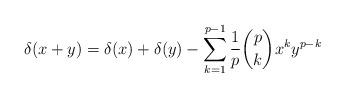
LaTeX: \begin{align*}\delta(x+y) = \delta(x) + \delta(y) - \sum_{k=1}^{p-1} \frac{1}{p} \binom{p}{k}x^k y^{p-k} \end{align*}